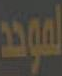
الموحد